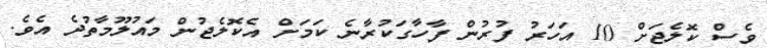
ވެސް ކޮލެޖަށް 10 އަހަރު ފުރުން ފާހާގަކުރާނެ ކަމަށް އެކޮލެޖުން މައުލޫމާތުދެ އެވެ.